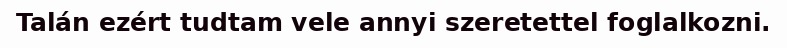
Talán ezért tudtam vele annyi szeretettel foglalkozni.